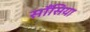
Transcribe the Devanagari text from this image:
साँसिया